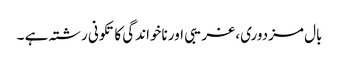
بال مزدوری، غریبی اور ناخواندگی کا تکونی رشتہ ہے ۔